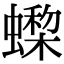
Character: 𧑇